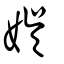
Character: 娛